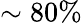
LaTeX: \sim 80\%